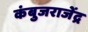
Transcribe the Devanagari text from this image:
कंबुजराजेंद्र